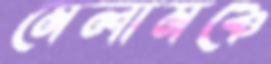
মেলামঞ্চে